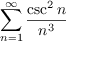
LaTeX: \sum _ { n = 1 } ^ { \infty } { \frac { \csc ^ { 2 } n } { n ^ { 3 } } }